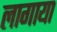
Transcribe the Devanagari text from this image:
लागाया